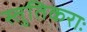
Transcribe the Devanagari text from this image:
स्तुतिकराः